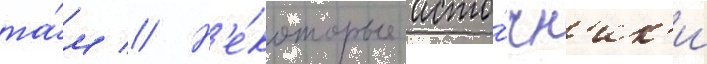
та́м // Н'е́которые исто́чн'ик'и